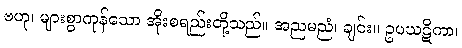
ဗဟု၊ များစွာကုန်သော အိုးစရည်းတို့သည်။ အညမညံ၊ ချင်း။ ဥပဃဋိကာ၊